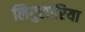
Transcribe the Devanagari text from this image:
लिगुलारिया